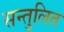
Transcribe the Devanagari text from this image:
सन्‍तुलित